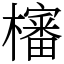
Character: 㰂